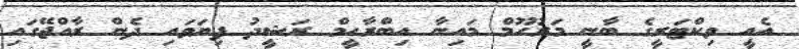
އެއީ ވިކްޓަރީގެ ބާނީ މަރުހޫމް މައިނާ އިބްރާހީމް ރަޝީދު ފިޔަވައި ދެން ރާއްޖޭގައި